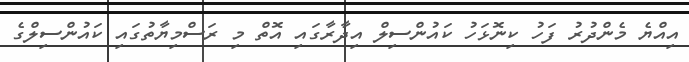
އިއްޔެ މެންދުރު ފަހު ކިނޮޅަހު ކައުންސިލް އިދާރާގައި އޮތް މި ރަސްމިޔާތުގައި ކައުންސިލްގެ